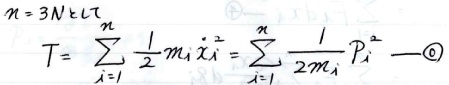
\[
\begin{align*}
n&=3N\text{个自由度}\\
T&=\sum_{i = 1}^{n}\frac{1}{2}m_{i}\dot{x}_{i}^{2}=\sum_{i = 1}^{n}\frac{1}{2m_{i}}p_{i}^{2}\quad\text{(1)}
\end{align*}
\]